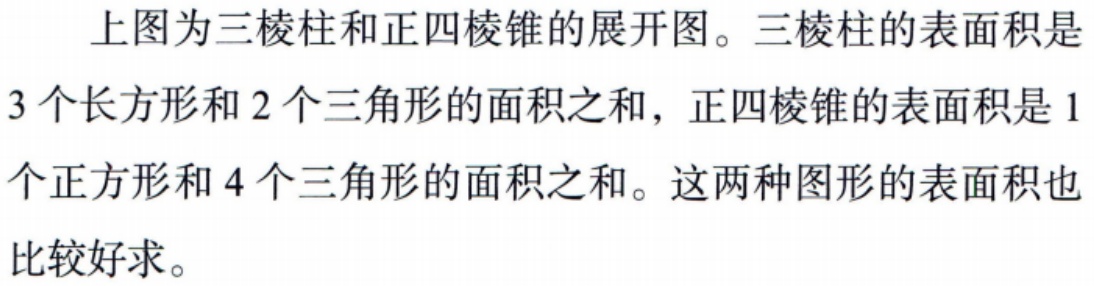
上图为三棱柱和正四棱锥的展开图。三棱柱的表面积是
3个长方形和2个三角形的面积之和，正四棱锥的表面积是1
个正方形和4个三角形的面积之和。这两种图形的表面积也
比较好求。